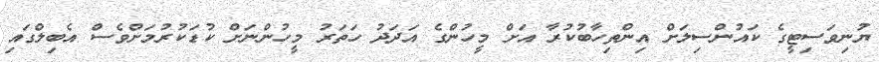
ޔުނިވަސިޓީގެ ކައުންސިލަށް އިންތިހާބުކުރާ އަށް މީހުންގެ އަދަދު ހަތަރު މީހުންނަށް ކުޑަކުރުމަށްވެސް އެބިލްގައި